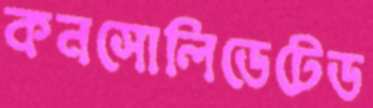
কনসোলিডেটেড